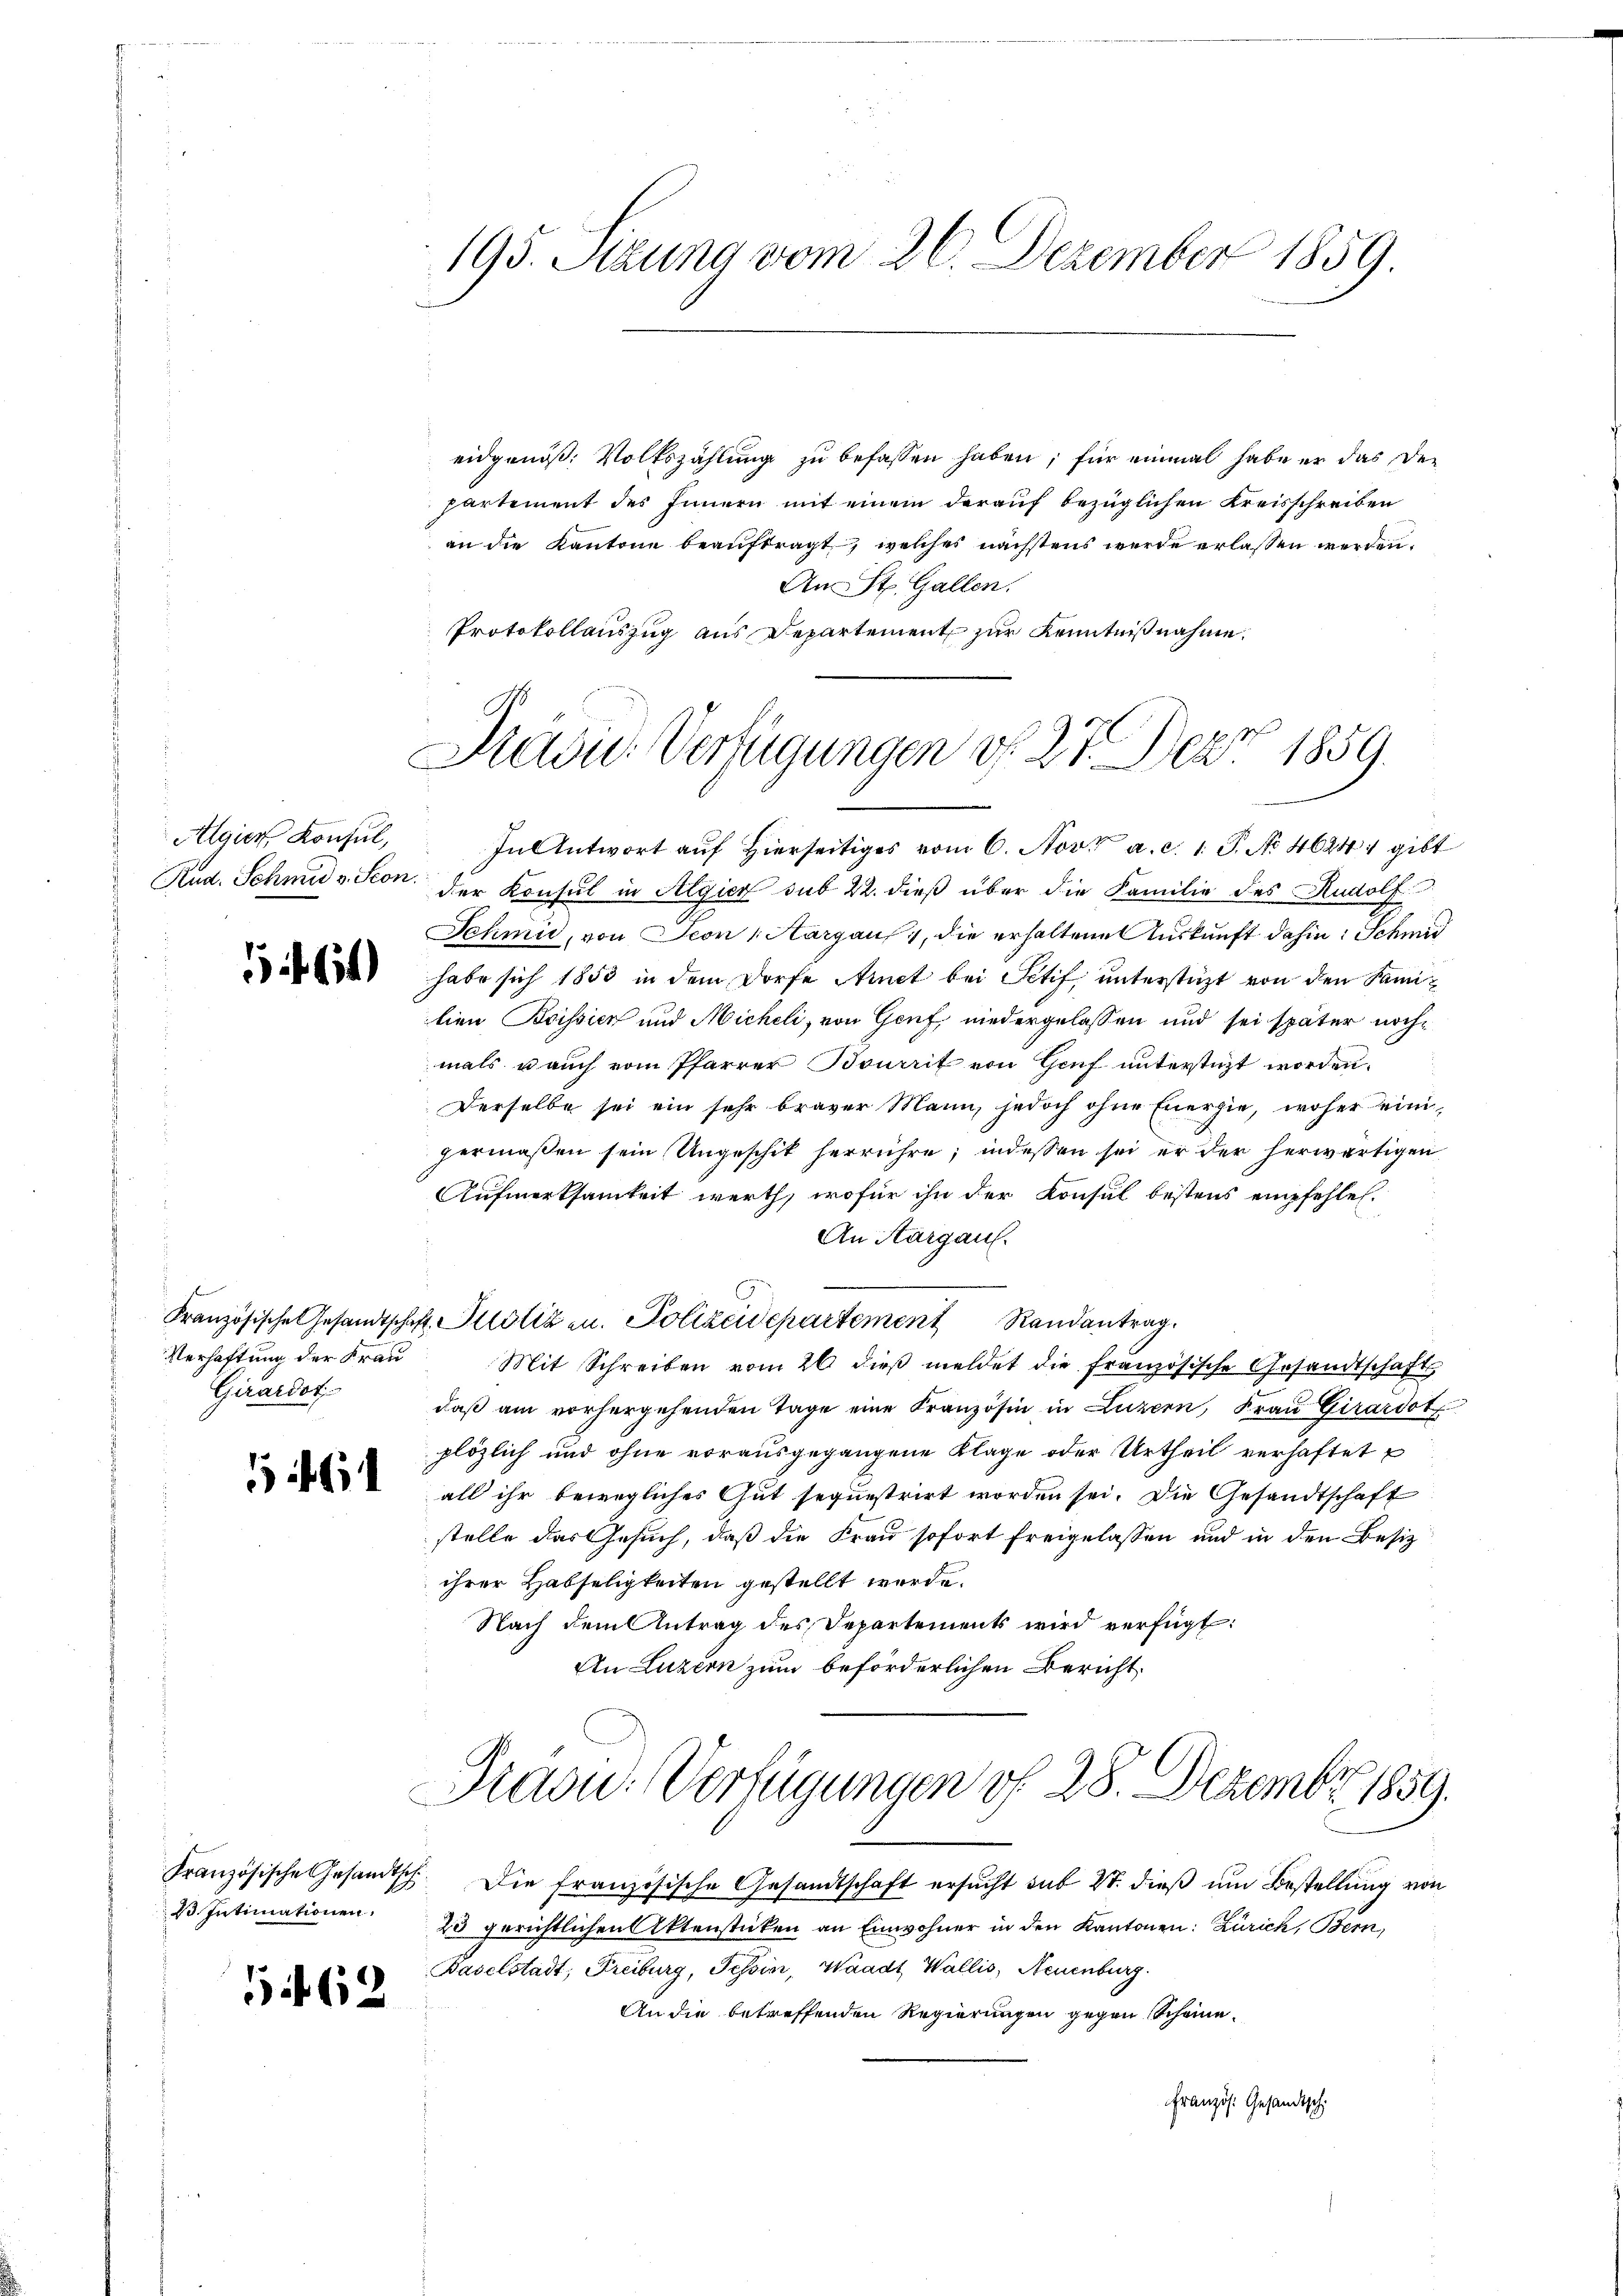
Algien Konsul,

1464)

Verhaftung der Frau
Girardot

G 62

195. Sitzung vom 26. Dezember 1859.

eidgenöß: Volkszählung zu befassen haben; für einmal habe er das der
partement des Innern mit einem darauf bezüglichen Kreisschreiben
an die Kantone beauftragt, welches nächstens werde erlassen werden,
An St. Gallen.
Protokollauszug aus Departement zur Kenntnißnahme.

Drau. Verfügungen d. 27. Dez. 1859.

Praou. Verfügungen vf 28. Dezember 1859.

In Antwort auf hierseitiges vom 6. Nov. a. c. 1 S. No. 4624, gibt
Rud. Schmid & Seon, der Konsul in Algier sub 22. dieß über die Familie des Rudolf
Schmu, von Seon Aargaus, die erhaltene Auskunft dahin: Schmid
habe sich 1853 in dem Dorfe Arnet bei Petif, unterstützt von den Familien Brissier und Micheli, von Genf, niedergelassen und sei später nochmals u auch vom Pfarrer Bourit von Genf unterstüzt worden.
Derselbe sei ein sehr braver Mann, jedoch ohne Energie, woher einigermaßen sein Ungeschit herrühre; indessen sei er der herwärtigen
Aufmerksamkeit werth, wofür ihn der Konsul bestens empfehlen.
An Aargau.
Französische Gesandtschaft Plotiz zu. Polizeidepartement Randantrag
Mit Schreiben vom 26. dieβ meldet die französische Gesandtschafts
daß am vorhergehenden Tage eine Französin in Luzern, Frau Girardot
plözlich und ohne vorausgegangene Klage oder Urtheil verhaftet
all ihr bewegliches Gut sequestrirt worden sei. Die Gesandtschaft
stelle das esuch, daß die Frau sofort freigelassen und in den Besiz
ihrer Habseligkeiten gestellt werde.
Nach dem Antrag des Departements wird verfügt:
An Luzern zum beförderlichen Bericht

Französische Gesandtsch. Die französische Gesandtschaft ersucht sub 27. dieß um Bestellung von
33. Intimationen 23 gerichtlichen Aktenstücken an Einwohner in den Kantonen: Zürich, Bern,
Baselstadt, Freiburg, Tessin, Waadt, Wallis, Neuenburg
An die betreffenden Regierungen gegen Scheine
Französ. Gesandtsch